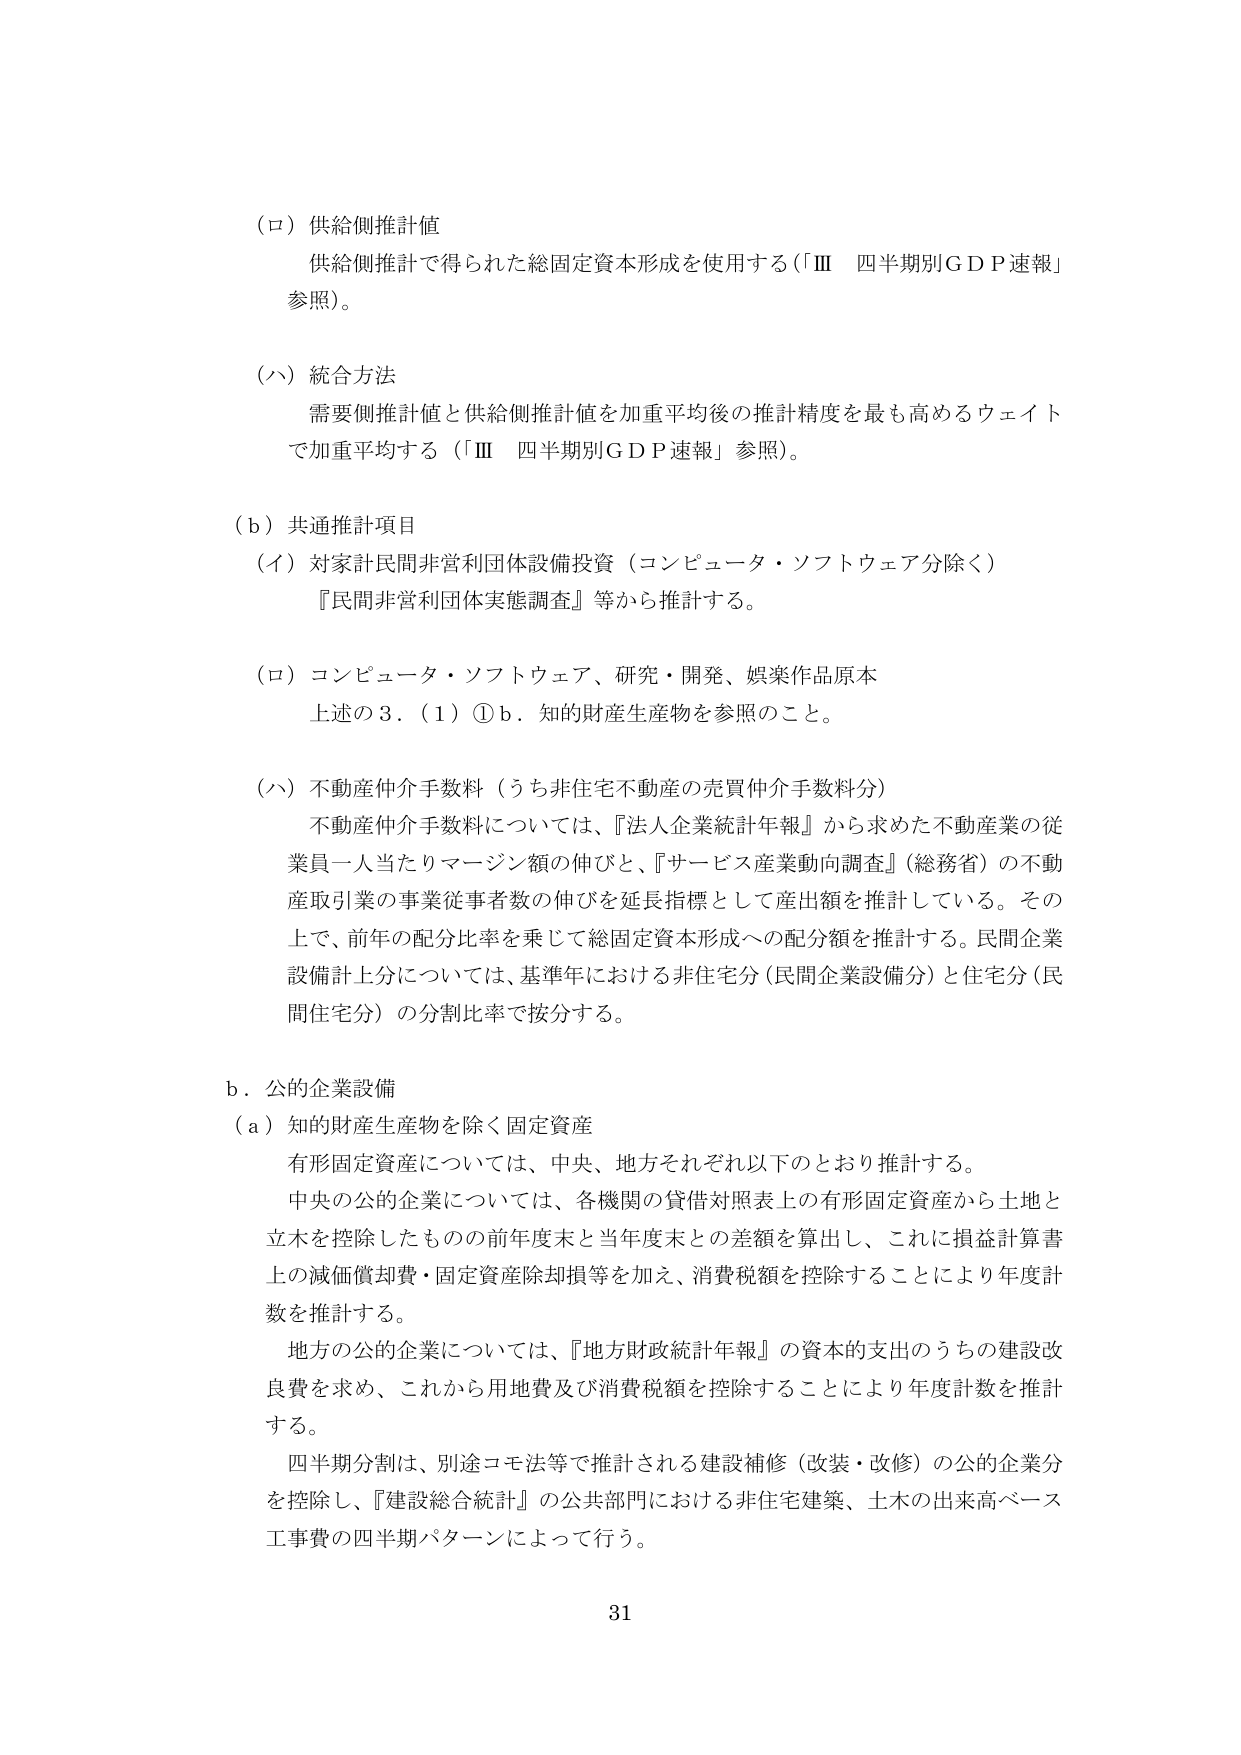
（ロ）供給側推計値
供給側推計で得られた総固定資本形成を使用する（「Ⅲ 四半期別ＧＤＰ速報」参照）。

（ハ）統合方法
需要側推計値と供給側推計値を加重平均後の推計精度を最も高めるウェイトで加重平均する（「Ⅲ 四半期別ＧＤＰ速報」参照）。

（ｂ）共通推計項目
（イ）対象計民間非営利団体設備投資（コンピュータ・ソフトウェア分除く）
『民間非営利団体実態調査』等から推計する。

（ロ）コンピュータ・ソフトウェア、研究・開発、娯楽作品原本
上述の３．（１）①ｂ．知的財産生産物を参照のこと。

（ハ）不動産仲介手数料（うち非住宅不動産の売買仲介手数料分）
不動産仲介手数料については、『法人企業統計年報』から求めた不動産業の従業員一人当たりマージン額の伸びと、『サービス産業動向調査』（総務省）の不動産取引業の事業従事者数の伸びを延長指標として産出額を推計している。その上で、前年の配分比率を乗じて総固定資本形成への配分額を推計する。民間企業設備計上分については、基準年における非住宅分（民間企業設備分）と住宅分（民間住宅分）の分割比率で按分する。

ｂ．公的企業設備
（ａ）知的財産生産物を除く固定資産
有形固定資産については、中央、地方それぞれ以下のとおり推計する。
中央の公的企業については、各機関の貸借対照表上の有形固定資産から土地と立木を控除したものの前年度末と当年度末との差額を算出し、これに損益計算書上の減価償却費・固定資産除却損等を加え、消費税額を控除することにより年度計数を推計する。
地方の公的企業については、『地方財政統計年報』の資本的支出のうちの建設改良費を求め、これから用地費及び消費税額を控除することにより年度計数を推計する。
四半期分割は、別途コモ法等で推計される建設補修（改装・改修）の公的企業分を控除し、『建設総合統計』の公共部門における非住宅建築、土木の出来高ベース工事費の四半期パターンによって行う。

31